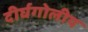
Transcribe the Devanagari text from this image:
दीर्घगोलीय